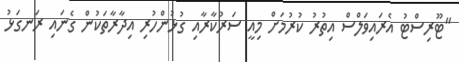
"ޓޫރިސްޓު އެރައިވަލްސް އިތުރު ކުރުމަށް މިއީ ސަރުކާރާއި ގުޅުންހުރި އިދާރާތަކުން ގެނައި ރަނގަޅު